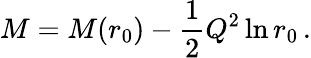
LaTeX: M=M(r_{0})-\frac{1}{2}Q^{2}\ln r_{0}\, .